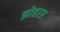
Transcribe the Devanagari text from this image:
झोहरर